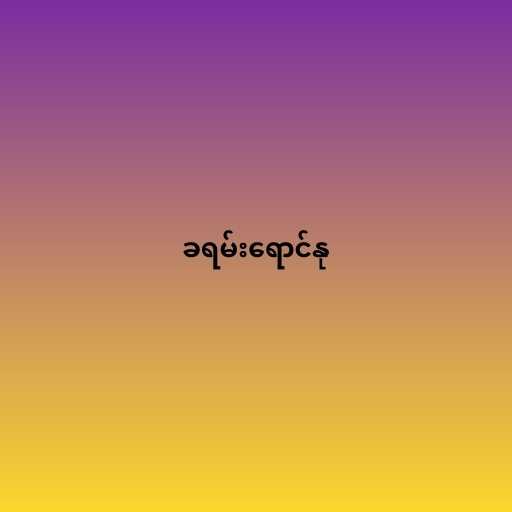
ခရမ်းရောင်နု